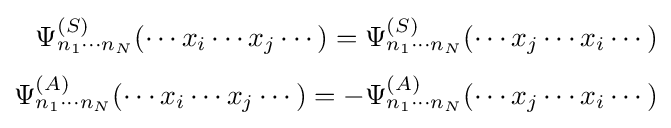
{\begin{aligned}\Psi _{n_{1}\cdots n_{N}}^{(S)}(\cdots x_{i}\cdots x_{j}\cdots )=\Psi _{n_{1}\cdots n_{N}}^{(S)}(\cdots x_{j}\cdots x_{i}\cdots )\\[3pt]\Psi _{n_{1}\cdots n_{N}}^{(A)}(\cdots x_{i}\cdots x_{j}\cdots )=-\Psi _{n_{1}\cdots n_{N}}^{(A)}(\cdots x_{j}\cdots x_{i}\cdots )\end{aligned}}